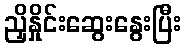
ညှိနှိုင်းဆွေးနွေးပြီး